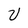
Character: U